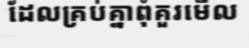
ដែលគ្រប់គ្នាពុំគួរមើល